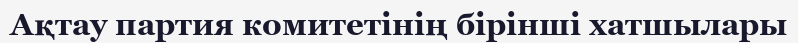
Ақтау партия комитетінің бірінші хатшылары